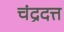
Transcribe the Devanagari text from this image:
चंद्रदत्त